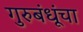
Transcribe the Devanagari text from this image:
गुरुबंधूंचा